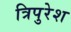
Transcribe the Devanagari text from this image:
त्रिपुरेश